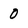
Character: 0